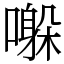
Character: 𫬀